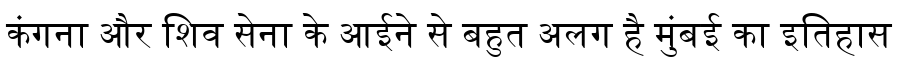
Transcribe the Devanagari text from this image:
कंगना और शिव सेना के आईने से बहुत अलग है मुंबई का इतिहास